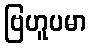
ဗြဟူပမာ